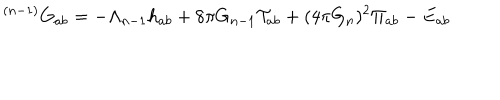
^ { ( n - 1 ) } G _ { a b } = - \Lambda _ { n - 1 } h _ { a b } + 8 \pi G _ { n - 1 } \mathcal { T } _ { a b } + ( 4 \pi G _ { n } ) ^ { 2 } \Pi _ { a b } - E _ { a b }